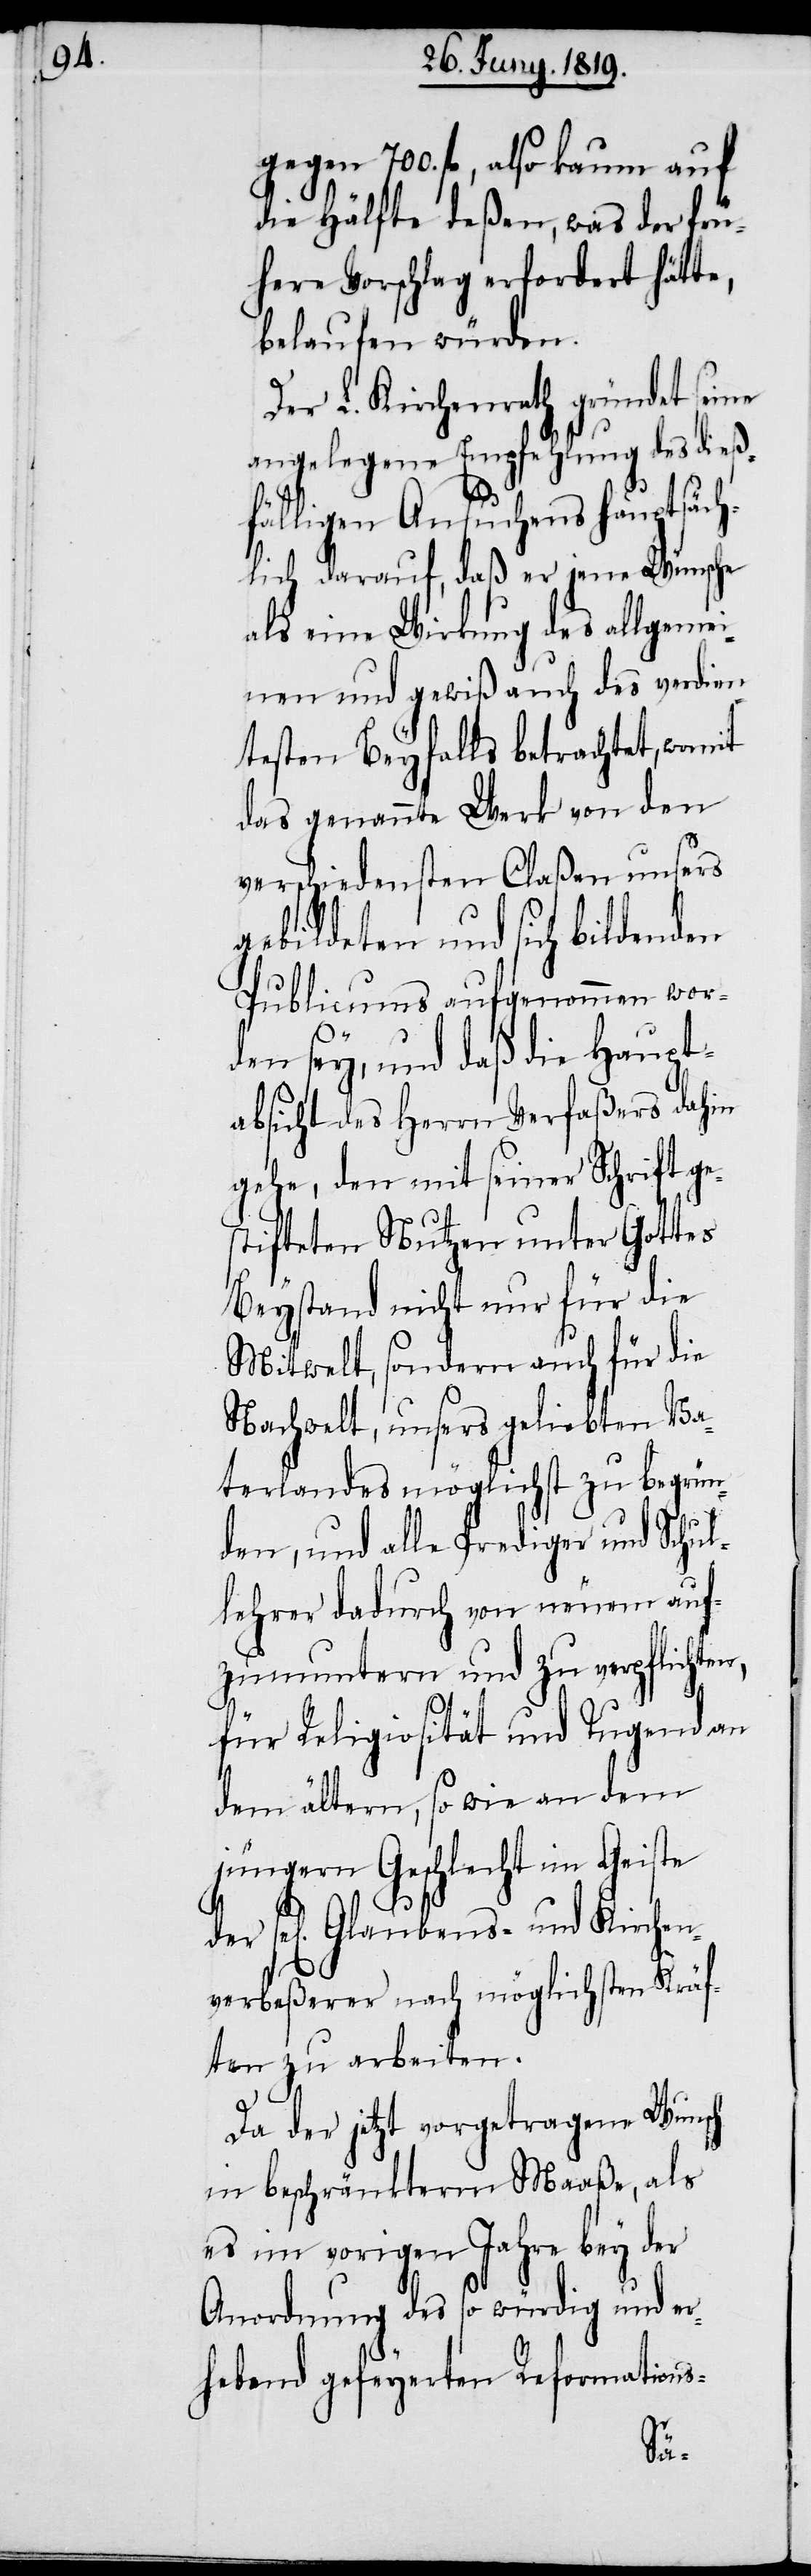
700. fl., also kaum auf
die Hälfte deßen, was der frü¬
here Vorschlag erfordert hätte,
belaufen würden.
Der L. Kirchenrath gründet seine
angelegene Empfehlung des dieß¬
fälligen Ansuchens hauptsäch¬
lich darauf, daß er jene Wünsche
als eine Wirkung des allgemei¬
nen und gewiß auch des verdien¬
testen Beyfalls betrachtet, womit
das genannte Werk von den
verschiedensten Claßen unsers
gebildeten und sich bildenden
Publicums aufgenommen wor¬
den sey, und daß die Haupt¬
absicht des Herrn Verfaßers dahin
gehe, den mit seiner Schrift ge¬
stifteten Nutzen unter Gottes
Beystand nicht nur für die
Mitwelt, sondern auch für die
Nachwelt, unsers geliebten Va¬
terlandes möglichst zu begrün¬
den, und alle Prediger und Schul¬
lehrer dadurch von neuem auf¬
zumuntern und zu verpflichte¬
für Religiosität und Tugenden
dem ältern, so wie an dem
jüngern Geschlecht im Geiste
Glaubens- und Kirchen¬
verbeßerer nach möglichsten Kräf¬
ten zu arbeiten.
Da der jetzt vorgetragene Wunsch
in beschränkterm Maaße, als
es im vorigen Jahre bey der
Anordnung des so würdig und er¬
hebend gefeyerten Reformations-
n,